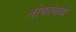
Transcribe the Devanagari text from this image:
तोफांमध्ये